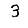
Digit: 3